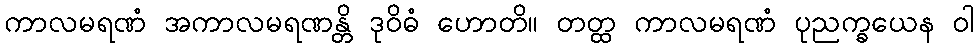
ကာလမရဏံ အကာလမရဏန္တိ ဒုဝိဓံ ဟောတိ။ တတ္ထ ကာလမရဏံ ပုညက္ခယေန ဝါ